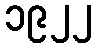
၁၉၂၂